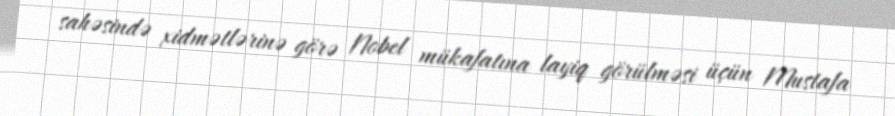
sahəsində xidmətlərinə görə Nobel mükafatına layiq görülməsi üçün Mustafa